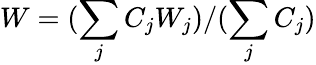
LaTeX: W=(\sum_{j}C_{j}W_{j})/(\sum_{j}C_{j})